Vital statistics of India. Vol. IV, Annual returns from 1871 to 1876. British Army of India, Native Army and jails of Bengal
Year: 1871
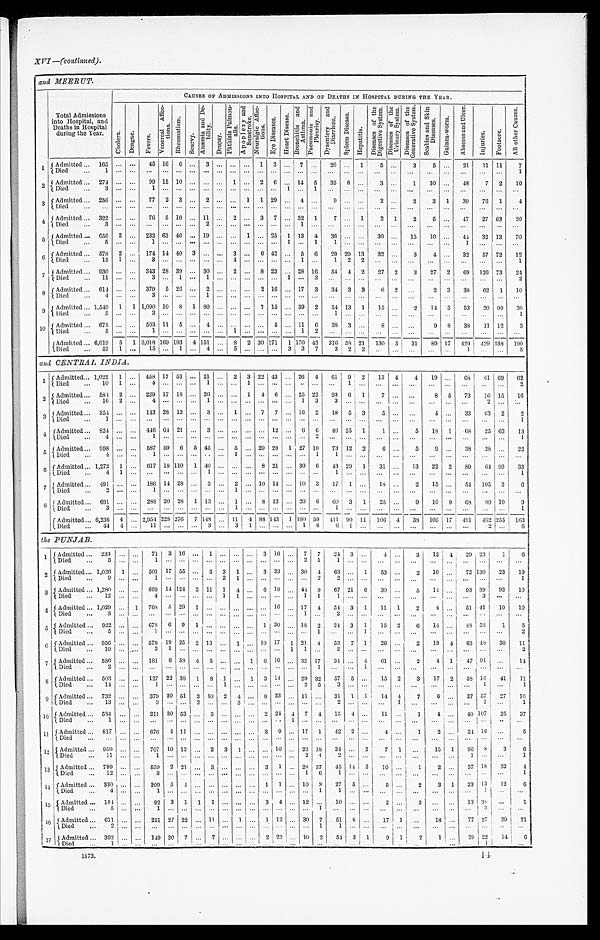
XVI —(continued).
and MEERUT.
Total Admissions
into Hospital, and
Deaths in Hospital
during the Year.
CAUSES OF ADMISSIONS INTO HOSPITAL AND OF DEATHS IN HOSPITAL DURING THE YEAR.
Chol era.
D e n g u e .
F e v e r s .
V e n e r e a l A f f e c t i o n s .
R h e u m a t i s m .
S c u r v y .
A n æ mi a a n d D e b i l i t y .
Dropsy.
P h t h i s i s P u l m o n a l i s .
A p o p l e x y a n d S u n s t r o k
N e u r a l g i c A f f e c t i o n s .
E y e D i s e a s e s .
H e a r t D i s e a s e .
B r o n c h i t i s a n d A s t h m a . P n e u m o n i a a n d P l e u r i s y .
D y s e n t e r y a n d D i a r r h œ a .
S p l e e n D i s e a s e .
H e p a t i t i s .
D i s e a s e s o f t h e D i g e s t i v e S y s t e m .
D i s e a s e s o f t h e U r i n a r y S y s t e m .
D i s e a s e s o f t h e G e n e r a t i v e S y s t e m .
S c a b i e s a n d S k i n D i s e a s e s .
G u i n e a - w o r m .
A b s c e s s a n d U l c e r .
I n j u r i e s .
F o o t s o r e .
A l l o t h e r C a u s e s .
1
Admitted ... 165 ...
. . .
45 16
6
. . . 3 ...
. . .
. . . 1
3
. . . 7
. . .
20 ...
1
5
. . .
3
5 . . .
21
11 11
7
Died ... 1
...
. . . ... ...
. . .
. . . ... ...
. . .
. . . ...
. . .
. . . . . .
. . .
. . .
...
. . .
. . .
. . .
. . .
...
. . .
. . .
. . .
. . .
1
2 Admitted ... 274 ...
. . .
99 15 10
. . . ... ...
1
. . .
2
6
. . . 14
5
35
6 . . .
3
. . .
1
10
. . .
48
7
2
10
Died ... 3 ...
. . .
1 ...
. . .
. . .
... ...
. . .
. . . ...
. . .
1
. . .
1
. . . ...
. . .
. . .
. . .
. . .
...
. . .
. . .
. . .
. . .
. . .
3
Admitted ... 256 ...
. . .
77
2
3
. . . 2 ...
. . . 1
1 29
. . . 4
. . .
9
...
. . .
2
. . .
2
3
1
39
76 1
4
D i e d . . . . . .
...
. . . ...
...
. . .
. . . ... ...
. . .
. . . ...
. . .
. . . . . .
. . .
. . . ............
. . .
. . .
. . . . . .
. . .
. . . . . . ...
. . .
. . .
. . .
4 Admitted ... 322 ...
. . .
76
5 10
. . . 11 ...
2
. . .
3
7
. . . 32
1
7 ...
1
2
1
2
5
. . .
47
27 63
20
Died ... 3
...
. . . ...
...
. . .
. . .
2 ...
. . .
. . . ...
. . .
. . . 1
. . .
. . .
...
. . .
. . .
. . .
. . .
. . . . . .
. . .
. . .
. . .
. . .
5 Admitted ... 656
2
. . .
232 63 46
. . . 19 ...
. . . 1 ... 25
1 13
4
36 ...
. . .
30
. . .
1 5
10
44
32 13
70
Died ... 5
...
. . .
1 ...
. . .
. . .
... ...
. . .
. . . ...
. . .
1
. . .
1
1 ...
. . .
. . .
. . .
. . .
. . . . . . 1
. . .
. . .
. . .
6
Admitted ...
578 2
. . .
174 14 40
3 ... ...
3
. . .
6 42
. . . 5
6
29 29 13
32
. . .
3
4
32
57 72
1 2
Died ... 15
1
. . . 3 ...
. . .
. . .
... ...
4
. . . ...
. . .
. . . 1
. . .
1 2
2
. . . . . .
. . .
. . . . . . ...
. . .
. . .
1
7 Admitted ... 930 ...
. . .
343 28 39
. . . 30 ...
2
. . .
8 23
. . .
28 16
54 4
2
27
2
3
27
2
69
126 73
24
Died ... 11 ...
. . .
3 ...
1
. . . 1 ...
. . . . . . ...
. . . 1
. . .
3
. . .
...
. . .
. . .
. . .
. . .
. . . . . .
. . .
. . .
. . .
2
8 Admitted ... 614 ...
. . .
379
5 26
. . . 2 ...
. . . . . .
2 16
. . . 17
3
34
3
3
6
2
. . .
2
3
38
62
1
10
Died ... 4
...
. . . 3
...
. . .
. . . 1 ...
. . .
. . . ...
. . .
. . . . . .
. . .
. . . ...
. . .
. . .
. . .
. . . ...
. . .
. . .
. . .
. . .
. . .
9
Admitted ... 1,549 1
1 1,090 10
8
1 80 ...
. . . . . .
7 15
. . . 39
2
54 13 1
15
. . .
2
14
3
53
20 90
30
Died ... 5
...
. . . 3
...
. . .
. . .
... ...
. . .
. . . ...
. . .
. . . . . .
. . .
1 ...
. . .
. . .
. . .
. . .
. . .
. . .
...
. . .
. . .
1
10
Admitted ... 675 ...
. . .
501 11
5
. . .
4 ...
. . . . . . ...
5
. . . 11
6
38 3
. . .
8
. . .
. . .
9
8
38
11 12
3
Died ... 5
...
. . .
1 ...
. . .
. . . ... ...
1
. . . ...
. . .
. . . 1
2
. . . ...
. . .
. . .
. . .
. . .
. . . . . . ...
. . .
. . .
. . .
A d m i t t e d . . . 6 , 0 1 9
5
1 3,018 169 193
4 151 ...
8
2 30 171
1
170 43
316
58
21
130
5
31
89 17
429 429 338
1 9 0
Died ... 52
1
. . .
15 ...
1 . . . 4 ...
5
. . . ...
. . . 3 3
7
3
2
2
. . .
. . . . . .
...
. . .
1
. . .
. . .
5
and CENTRAL INDIA.
1 Admitted ... 1, 022
1
. . .
458 17 53
. . . 21 ...
2
3 22 43
. . . 2 6
4
61
9
2
13
4
4
19
. . .
68
6 1 69
62
Died ... 10
1
. . .
4 ...
. . .
. . .
1 ...
. . .
1 ...
. . .
. . . . . .
. . .
. . . 1
. . .
. . .
. . .
. . . ...
. . .
. . .
. . .
. . .
2
2
Admitted ... 584
2
. . .
229 17 18
. . . 20 ...
. . . 1
4 6
. . . 25 22
93
6 1
7
. . .
. . .
8
5
73
16 15
16
Died ... 16
2
. . .
4 ...
. . .
. . .
1 ...
. . .
. . . ...
. . .
. . . 1
3
3 ...
. . .
. . .
. . .
. . .
. . .
. . . . . .
2
. . .
. . .
3 Admitted ... 354
...
. . .
143 28 12
. . . 3 ...
1
. . .
7
7
. . . 16
2
18
5
3
5
. . .
. . .
4 . . .
33
63
2
2
Died ... 1
...
. . .
. . . ...
. . .
. . . ... ...
. . . . . . ...
. . .
. . . . . .
. . .
. . .
...
. . . . . .
. . .
. . .
...
. . .
. . .
. . .
. . .
1
4
A d m i t t e d . . . 8 2 4
...
. . .
446 64 21
. . . 3 ...
. . . . . . ... 12
. . . 6
6
46 25
1
1
. . .
5
18 1
68
25 63
13
Died ... 4
...
. . .
1 ...
. . .
. . . ... ...
. . .
. . . ...
. . .
. . .
. . . 2
. . .
. . .
. . .
. . .
. . .
. . .
. . .
. . .
. . .
. . .
. . .
1
5 Admitted ... 993 ...
. . .
587 50
6
5 45 ...
5 . . . 29 28
1 27
1 0 73 12 2
6
. . .
5
9
. . .
38
38
. . .
22
Died ... 4 ...
. . .
1
. . .
. . .
. . . ... ...
1
. . . ...
. . .
. . . . . .
1
1
. . .
. . .
. . .
. . .
. . .
...
. . .
. . .
. . .
. . .
. . .
6 Admitted ... 1,272
1
. . . 617 18 110
1 40 ...
. . . . . .
8 21
. . . 30
6
43 29
1
31
. . .
13
22
2
89
64 93
33
Died ... 4
1
. . . ... ...
. . .
. . .
1 ...
. . .
. . . ...
. . .
. . . . . .
. . .
1 ....
. . .
. . .
. . .
. . .
...
. . .
. . .
. . .
. . .
1
7 Admitted ... 491 ...
. . .
186 14 28
. . . 3 ...
2
. . . 10 14
. . . 10
3
17
1
. . .
18
. . .
2
15
. . .
54
105
3
6
Died ... 2 ...
. . .
1 ...
. . .
. . . ... ...
1
. . . ...
. . .
. . .
. . .
. . .
. . .
...
. . .
. . .
. . .
. . .
...
. . . ...
. . .
. . .
. . .
8 Admitted ... 691 ...
. . .
288 20 28
1 13 ...
1
. . .
8 12
. . . 20
6
60
3
1
25
. . .
9
10
9
68
90 10
9
Died ... 3
...
. . . ... ...
. . .
. . .
... ...
1
. . . ...
. . .
. . .
. . .
. . .
1 ...
. . .
. . .
. . .
. . .
. . .
. . .
...
. . .
. . .
1
Admitted ... 6,236
4
. . .
2,954
228
2 7 6
7 148 ... 11
4 88 143
1 160 59 411 90 11
106
4
3 8
105 17
491
462 255
163
Died ... 44
4
. . . 11 ...
. . .
. . . 3 ...
3
1 ...
. . . . . .
1
6
6 1
. . . . . .
. . .
. . .
...
. . .
. . .
2
. . .
6
the PUNJAB.
1 Admitted ... 233
. . .
. . .
71
3 16
. . . 1 ...
. . .
. . .
3 16
. . . 7
7
24
3
. . .
4
. . .
3 12
4
29 23
1
6
Died ... 5
...
. . . 1
...
. . .
. . . ... ...
. . .
. . . ...
. . .
. . .
2
1
1 ...
. . .
. . .
. . .
. . .
. . .
. . .
...
. . .
. . .
. . .
2 Admitted ... 1,026
1
. . .
503 17 55
. . . 5
3
1
. . . 3 33
. . . 30
4
63 ...
1
53
. . .
2
10
. . . 72 130
23
19
Died ... 9
...
. . .
1 ...
. . .
. . . ... 2
1
. . . ...
. . .
. . .
. . .
2
2 ...
. . .
. . .
. . .
. . . ...
. . .
. . .
. . .
. . .
1
3 Admitted ... 1,280 ...
. . .
669 14 124 2 11
1
4
. . . 6 18
. . . 44 9
67 21
6
30
. . .
5 14
. . .
93 39
93
10
Di e d . . . 1 2
...
. . . 4 ...
. . .
. . .
...
1
1
. . . ...
. . .
. . . 1
1
1
. . . . . .
. . .
. . .
. . .
. . .
. . . ...
3
. . .
. . .
4 Admitted ... 1,029 ...
1
768
5 29
1 ... ...
. . .
. . . ... 16
. . . 17
4
54
3
1
11
1
2
4
. . .
51 41
10
10
Died ... 3
...
. . .
. . . ...
. . .
. . . ... ...
. . .
. . . ...
. . .
. . .
1
. . .
2 ...
. . .
. . .
. . .
. . .
. . . . . . ...
. . .
. . .
. . .
5 Admitted ... 922 ...
. . .
678
6 9
1 ... ...
. . .
. . . 1 30
. . . 18 2
24
3
1
15
2
6
14
. . .
48
5 8
1
5
Died ... 5 ...
. . .
1
...
. . .
. . .
... ...
. . .
. . . ...
. . .
. . .
. . .
1
. . . ...
1
. . .
. . .
. . .
. . .
. . . ...
. . .
. . .
2
6 Admitted ... 956 ...
. . .
579 19 25
2 13 ...
1
. . . 10 17
1 21
4
53
7
1
2 6 . . .
2
19
4
63 48
30
1 1
Died ... 10 ...
. . . 3 1
. . .
. . .
... ...
. . .
. . . ...
. . .
1
1
. . .
2 ...
. . .
. . .
. . .
. . .
. . .
. . .
...
. . .
. . .
2
7
Admitted ... 586 ...
. . .
181
8 58 4 5
...
. . . 1
6 16
. . . 32 17
3 4
. . . 4
61
. . .
2
4
1
47 91
. . .
1 4
Died ... 2 ...
. . .
. . . ...
. . .
. . . ... ...
. . .
. . . ...
. . .
. . .
. . .
1
. . . ...
. . .
. . .
. . .
. . .
. . .
. . .
...
. . .
. . .
...
8
Admitted ... 503 ...
. . .
127 22 38
1
8
1
. . . 1
3 14
. . . 29 32
57
5
. . .
15
2
3
17
2
58 16
41
11
Died ... 14 ...
. . .
1 ...
. . .
. . . ... 1
. . .
. . . ...
. . .
. . .
2
5
3 ...
. . .
. . .
. . .
. . . ...
. . .
. . .
1
. . .
1
9 Admitted ... 732
...
. . . 379 30 51
3 10
2
4
. . . 8 33
. . . 11
. . .
31
1
1
14
4
7
6
. . . 37 57
27
1 6
Died ... 13 ...
. . .
3 ...
. . .
2 ... ...
3
. . . ...
. . .
. . .
. . .
. . .
2 ...
. . .
. . .
1
. . .
...
. . . ...
1
. . .
1
1 0
Admitted ... 584 ......
. . . 211 30 53
. . . 5
. . .
. . .
. . . 2 24
4
7
4
15
4
. . .
11
. . .
1
4
. . . 40 107
2 5 37
Di e d . . . 1
...
. . . ... ...
. . .
. . . ... ...
. . .
. . . ...
. . .
1
. . .
. . .
. . . ...
. . .
. . . . . .
. . .
. . .
. . . ...
. . .
. . .
. . .
1 1
Admitted ...817
. . .
. . . 676
4
1 1
. . . ...
. . .
. . .
. . . 3
9
. . . 17
1
42
2
. . .
4
. . .
1
2
. . .
24 16
. . .
5
Died ...
. . .
. . .
. . .
. . .
. . .
... ...
. . .
. . . ...
. . .
. . .
. . .
. . .
. . .
. . . . . .
. . .
. . .
. . .
. . .
. . .
. . .
. . .
. . .
. . .
1 2 Admitted ...959
...
. . . 707 10 12
. . . 2
3
1
...
. . .
1 0
. . .
2 3
1 8
34
. . . 2
7
1
. . .
15
1
96
8
3
6
Died ...11 ...
. . .
1
. . .
. . .
. . .
. . .
. . .
. . .
. . . . . .
. . .
. . . 2
4
2
. . .
. . .
. . .
. . .
. . .
. . .
. . .
1
. . .
. . .
1
1 3 Admitted ... 799
. . .
. . . 539 2 21
. . . 3
...
. . .
. . . 3
1
. . . 28 37
45 14
2
10
. . .
1
2
. . .
37 18
3 2
4
Died ... 12
. . .
. . . 3
...
. . .
. . . ... ...
. . .
. . .
. . .
. . .
. . . 1
6
1 ...
. . .
. . .
. . .
. . .
. . .
. . .
...
. . .
. . .
1
1 4 Admitted ... 330 ...
. . . 209
5
4
. . .
. . . ...
. . .
. . . 1
1
. . .
1 0 3
27
5
. . .
5
. . .
2
3
1
23 13
1 2
6
Died ... 4
. . .
. . . 1
...
. . . . . . ... ...
. . .
. . . . . .
. . .
. . .
. . .
1
1 ...
. . .
. . .
. . .
. . .
. . .
. . .
...
1
. . .
. . .
1 5 Admitted ... 184 ...
. . .
92 3
1
1
1
. . .
. . .
. . . 3
4
. . . 12
. . .
10
. . .
. . .
2
. . .
3
. . . . . .
13 38
. . .
1
Died ... 5
. . .
. . .
1
. . .
. . .
. . .
. . . ...
. . .
. . .
. . .
. . .
. . .
. . . 1
. . .
. . .
. . .
. . .
. . .
. . .
. . .
. . .
. . .
3
. . .
. . .
1 6 Admitted ...611
...
. . . 251 27 22
. . . 11
. . .
1
. . .
1 12
. . . 30
7
51
8
. . .
17
1
. . .
18
. . .
77 27
29
21
Died ... 2
. . .
. . .
. . .
. . .
. . .
. . . . . .
. . .
. . .
. . .
. . .
. . .
. . .
. . .
1
1 ...
. . .
. . .
. . .
. . .
. . .
. . .
. . .
. . .
. . .
. . .
1 7 Admitted ... 362 ...
. . . 149 20
7
. . .
7
...
. . .
. . . 2 23
. . . 10
2
54 3
1
9
1
2
1
. . .
29 22
14
6
Died ... 1
...
. . .
...
...
. . .
. . .
...
. . .
. . .
. . .
...
. . .
. . .
. . .
. . .
. . .
...
. . .
. . .
. . .
. . .
. . . . . . ...
1
. . .
. . .
1873.
14